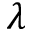
\lambda